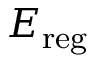
{ \cal E } _ { \mathrm { r e g } }